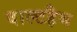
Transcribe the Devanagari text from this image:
वाल्टहैम